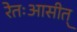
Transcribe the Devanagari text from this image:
रेतःआसीत्